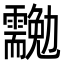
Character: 𠣉